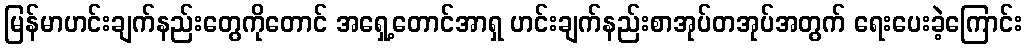
မြန်မာဟင်းချက်နည်းတွေကိုတောင် အရှေ့တောင်အာရှ ဟင်းချက်နည်းစာအုပ်တအုပ်အတွက် ရေးပေးခဲ့ကြောင်း